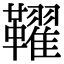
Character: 𩍪